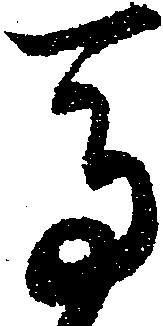
馬